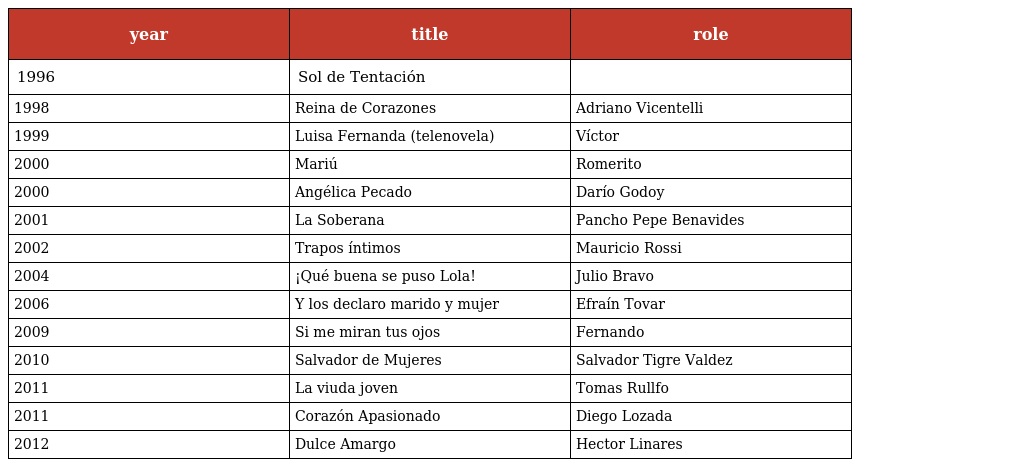
| year | title | role |
 | --- | --- | --- |
 | 1996 | Sol de Tentación |  |
 | 1998 | Reina de Corazones | Adriano Vicentelli |
 | 1999 | Luisa Fernanda (telenovela) | Víctor |
 | 2000 | Mariú | Romerito |
 | 2000 | Angélica Pecado | Darío Godoy |
 | 2001 | La Soberana | Pancho Pepe Benavides |
 | 2002 | Trapos íntimos | Mauricio Rossi |
 | 2004 | ¡Qué buena se puso Lola! | Julio Bravo |
 | 2006 | Y los declaro marido y mujer | Efraín Tovar |
 | 2009 | Si me miran tus ojos | Fernando |
 | 2010 | Salvador de Mujeres | Salvador Tigre Valdez |
 | 2011 | La viuda joven | Tomas Rullfo |
 | 2011 | Corazón Apasionado | Diego Lozada |
 | 2012 | Dulce Amargo | Hector Linares |